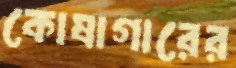
কোষাগারের